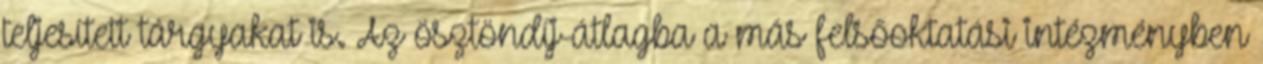
teljesített tárgyakat is. Az ösztöndíj-átlagba a más felsőoktatási intézményben